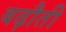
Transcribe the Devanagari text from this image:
बढ़ौती